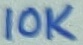
Text: 10K